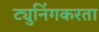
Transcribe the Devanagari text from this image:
ट्युनिंगकरता